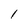
Character: 1